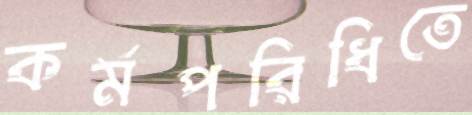
কর্মপরিধিতে